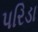
પરિડા